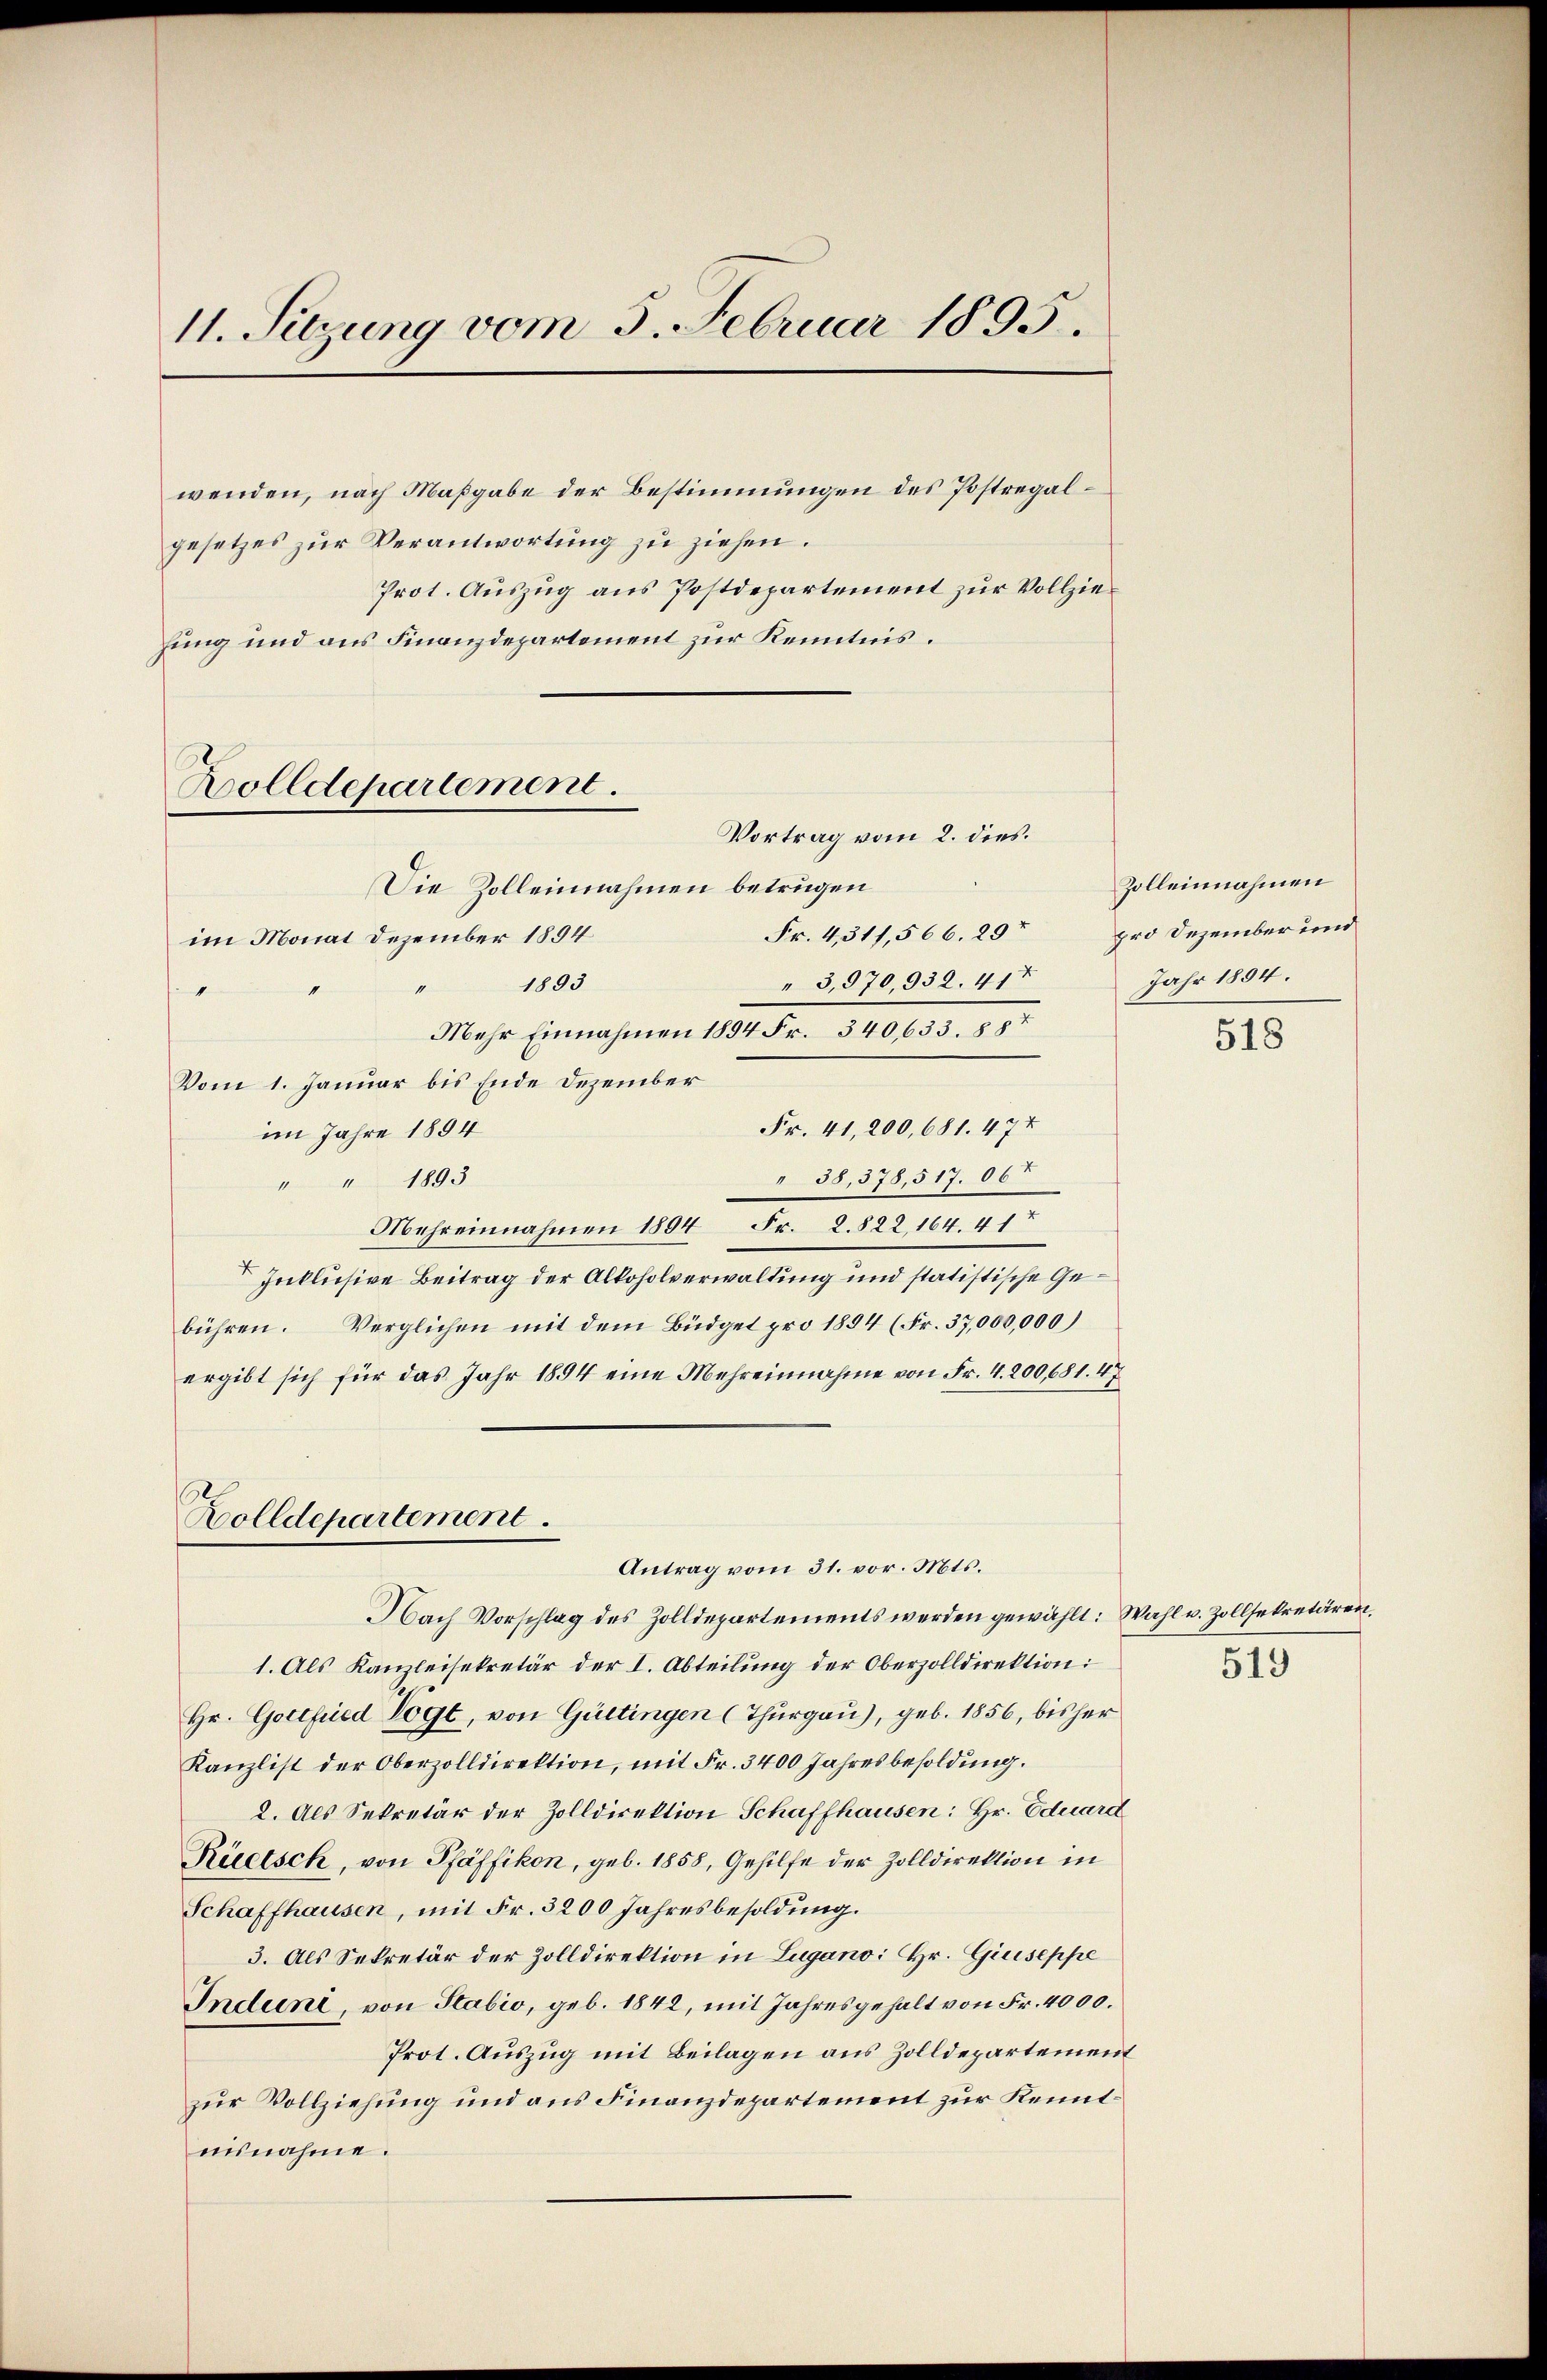
11. Setzung vom 5. Februar 1895.
wenden, nach Maßgabe der Bestimmungen des Postregalgesetzes zur Verantwortung zu ziehen.
Prot. Auszug aus Postdepartement zur Vollzie¬

hung und aus Finanzdepartement zur Kenntnis.

Vortrag vom 2. dies.
Die Zolleinnahmen betrügen
Fr. 4, 311,566. 29t
im Monat Dezember 1894
" 3,970,932. 417
1893
nichten
“
Mehr Einnahmen 1894 Fr. 340,633. 887
Vom 1. Januar bis Ende Dezember
Fr. 41,200,681. 474
im Jahre 1894
38,378,517. 06t
" " 1893
Mehreinnahmen 1894 Fr. 2. 822, 164. 417
Inklusive Beitrag der Alkoholverwaltung und statistische Gebühren. Verglichen mit dem Büdget pro 1894 (Fr. 37,000,000)
ergibt sich für das Jahr 1894 eine Mehreinnahme von Fr. 4. 200,681. 47

Bolldepartement.

Zolldepartement.
Antrag vom 31. vor. Mts.

Zolleinnahmen
pro Dezember und
Jahr 1884.

Nach Vorschlag des Zolldepartements werden gewählt: Wahl u. Zollsekretären.
1. Als Kanzleisekretär der I. Abteilung der Oberzolldirektion:
Hr. Gottfried Vogt, von Gültingen (Thurgau), geb. 1856, bisher
Kanzlist der Oberzolldirektion, mit Fr. 3400 Jahresbesoldung.
2. Als Sekretär der Zolldirektion Schaffhausen: Hr. Eduard
Rüetsch, von Pfäffikon, geb. 1858, Gehilfe der Zolldirektion in
Schaffhausen, mit Fr. 3200 Jahresbesoldung.
3. Als Sekretär der Zolldirektion in Lugano: Hr. Giuseppe
Induni, von Stabio, geb. 1842, mit Jahresgehalt von Fr. 4000.
Prot. Auszug mit Beilagen aus Zolldepartement
zur Vollziehung und aus Finanzdepartement zur Kenntnisnahme.

518

519